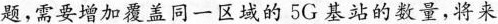
题，需要增加覆盖同一区域的5G基站的数量，将来